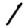
Digit: 1